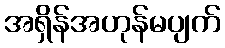
အရှိန်အဟုန်မပျက်